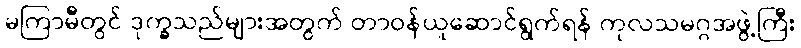
မကြာမီတွင် ဒုက္ခသည်များအတွက် တာဝန်ယူဆောင်ရွက်ရန် ကုလသမဂ္ဂအဖွဲ့ကြီး